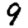
Digit: 9